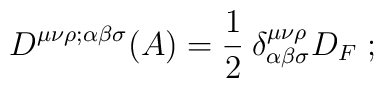
D^{\mu \nu\rho;\alpha\beta\sigma}(A)= \frac{1}{2}\:\delta^{\mu \nu\rho}_{\alpha\beta\sigma}D_F \; ;